Civil Veterinary Dept. Bombay admin report 1907-1913 - 1907-1913
Year: 1907
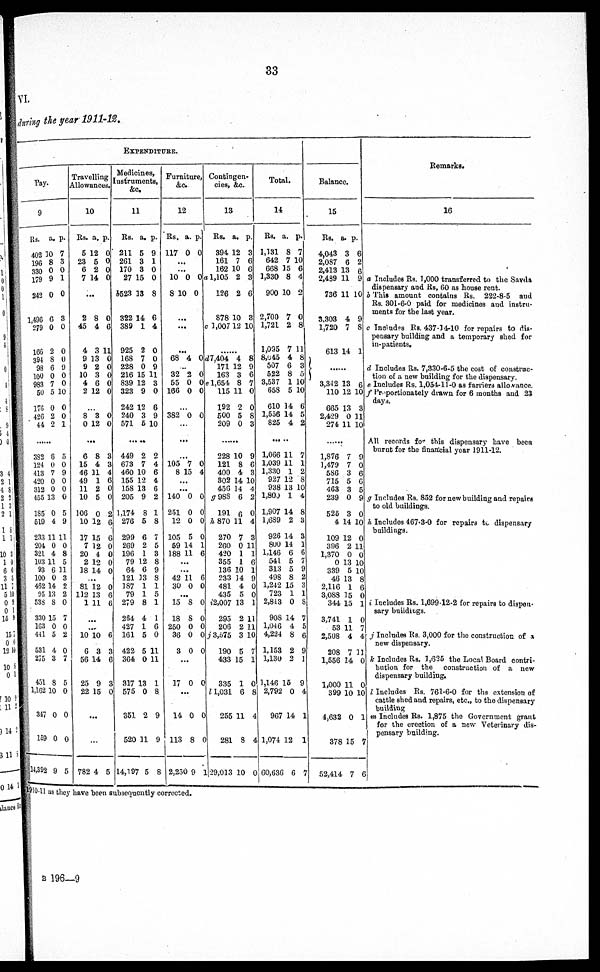
33
VI.
during the year 1911-12.
EXPENDITURE.
Pay.
9
Rs.
402 1
196
330
179
242
1,496
279
166
394
93
100
983
50
170
426
44
......
382
124
413
420
312
455
185
519
233
201
321
103
93
100
402
95
53S
330
163
441
531
275
451
1,162
347
159
14,392
a.
0
8
0
9
0
6
0
2
8
6
0
7
5
0
2
2
6
0
7
0
0
13
0
4
11
0
4
11
6
0
14
13
8
15
0
5
4
3
8
10
0
0
9
p.
7
3
0
1
0
3
0
0
0
9
0
0
10
0
0
1
5
0
9
0
0
0
5
9
11
0
8
5
11
3
2
2
0
7
0
2
0
7
5
0
0
0
5
Travelling
Allowance.
10
Rs.
5 1
23
6
7
..
2
45
4
9
9
10
4
2
...
8
0
..
6
15
46
49
11
10
106
10
17
7
20
2
18
...
81
112
1
...
...
10
6
56
25
22
.
...
782
a.
2
5
2
14
.
8
4
3
13
2
3
6
12
3
12
.
8
4
11
1
2
5
0
12
15
12
4
12
14
12
13
11
10
3
14
0
15
..
4
p.
0
0
0
0
0
6
11
0
0
0
0
0
0
0
3
3
4
6
0
0
2
6
6
0
0
0
0
0
6
6
6
3
6
3
0
5
Medicines
Instruments,
&c.
11
Rs.
211
261
170
27 1
6523 1
322 1
389
925
168
228
216 1
839 1
323
242 1
240
571
449
673
460 1
155 1
158 1
205
1,174
276
299
269
196
79
64
121
187
79
279
264
427
161
422
364
317 1
575
351
520
14,197
a.
5
3
3
5
3
4
1
2
7
0
5
2
9
2
3
6
2
7
0
2
3
9
8
5
6
2
1
12
6
13
1
1
8
4
1
5
5
0
3
0
2
11
5
p.
9
1
0
0
8
6
4
0
0
9
11
3
0
6
9
10
2
4
6
4
6
2
1
8
7
5
3
8
9
8
1
5
1
1
6
0
11
11
1
8
9
9
8
Furniture
&c.
12
Rs.
117
...
...
10
8
...
...
...
68
32
55
166
...
382
...
...
105
8 1
...
...
140
251
12
105
59
188
..
42
30
...
15
18
250
36
3
..
17
..
14
113
2,250
a.
0
0
10
4
2
0
0
0
7
5
0
0
0
5
14
11
.
11
0
8
8
0
0
0
.
0
.
0
8
9
p.
0
0
0
c
0 d
0
O e
0
0
0
4
0
0
0
0
1
6
6
0
0
0
0
0
0
0
0
0
1
Contingen
cies, &c.
13
Rs.
394, 1
161
162 1
1,105
126
878 1
1,007
......
7,404
171
163
1,654
115
192
500
209
......
228
121
400
302
456
g 988
191
h 870
270
200
420
355
136
233
481
435
72,007
295
206
j 3,575
190
433
335
l 1,031
255
281
29,013
a.
2
7
0
2
2
0
12
4
12
3
8
11
2
5
0
10
8
4
14
14
6
6
11
7
0
1
1
10
34
4
5
13
2
2
3
5
15
1
6
11
8
10
p.
3
6
6
3
5
3
10
8
9
6
7
0
0
8
3
9
6
3
10
4
2
0
4
3
11
1
6
1
9
0
0
1
11
10
10
7
1
0
8
4
4
0
Total.
14
Rs.
1,131
642
668 1
1,330
900 1
2,700
1,721
1,095
8,645
507
522
3,537
658
610
1,556
825
1,066
1,039
1,330
927
938
l,800
1,907
1,689
926
800
1,146
541
313
498
1,242
723
2,813
908
1,016
4,224
1,153
1,130
1,146 15
2,792
967
1,074
60,636
a.
8
7
5
8
0
7
2
7
4
6
8
1
5
14
14
4
11
11
1
12
13
1
14
2
14
14
6
5
5
8
15
1
0
14
4
8
2
2
0
14
12
6
p.
7
10
6
4
2
0
8
11
8
3
5
10
10
6
5
2
7
1
2
8
10
4
8
3
3
1
6
7
9
2
3
1
8
7
5
6
9
1
9
4
1
1
7
Balance.
15
Rs.
4,043
2,087
2,413
2,439
736
3,303
1,720
613
3,342
110
665
2,429
274
......
1,876
1,479
586
715
463
239
525
4
109
396
1,370
0
339
46
2,116
3,088
344
3,741
53
2,508
208
1,556
1,000
399
4,632
378
52,414
a.
3
6
13
11
11
4
7
14
13
12
13
0
11
7
7
3
5
3
0
3
14
12
2
0
13
5
13
1
15
15
1
11
4
7
14
11
10
0
15
7
p.
6
2
6
9
10
9
8
1
6
10
3
11
10
9
0
6
6
5
9
0
10
0
11
0
10
10
8
6
0
1
0
7
4
11
0
0
10
1
7
6
Remarks.
16
a Includes Rs. 1,000 transferred to the Savda
dispensary and Rs, 60 as house rent.
b This amount contains Rs. 222-8-5
and
Rs. 301-6-0 paid for medicines and instru-
ments for the last year.
c Includes Rs. 437-14-10 for repairs to dis-
pensary building and a temporary shed for
in-patients.
d Includes Rs. 7,330-6-5 the cost of construc-
tion of a new building for the dispensary.
e Includes Rs. 1,054-11-0 as farriers allowance.
f Preportionately drawn for 6 months and 23
days.
All records for this dispensary have been
burnt for the financial year 1911-12.
g Includes Rs. 852 for new building and repairs
to old buildings.
h. Includes 467-3-0 for repairs to dispensary
buildings.
i Includes Rs. 1,699-12-2 for repairs to dispen-
sary buildings.
j Includes Rs. 3,000 for the construction of a
new dispensary.
k Includes Rs. 1,625 the Local Board contri-
bution for the
construction of a new
dispensary building.
l Includes Rs. 761-6-0 for the extension of
cattle shed and repairs, etc., to the dispensary
building
m Includes Rs. 1,875 the Government grant
for the erection of a new Veterinary dis-
pensary building.
1910-11 as they have been subsequently corrected.
B 196—9